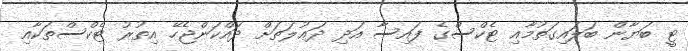
ޓީ ބަޔާން ބަލައިގަތުމާއި ޓެކްސްގެ ފައިސާ އަދި ދަޢުލަތަށް ދައްކަންޖެހޭ އިތުރު ޓެކްސްތަކާއި